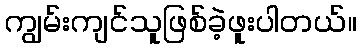
ကျွမ်းကျင်သူဖြစ်ခဲ့ဖူးပါတယ်။